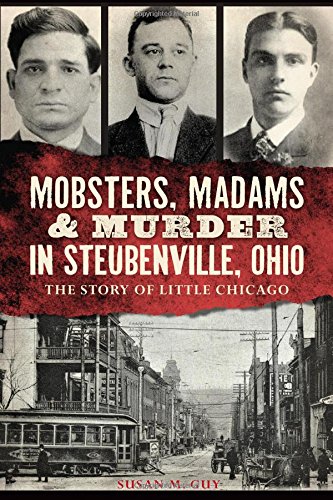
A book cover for MOBSTERS, MADAMS & MURDER IN STEUBENVILLE The Stor (True Crime); Susan M. Guy; Biographies & Memoirs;